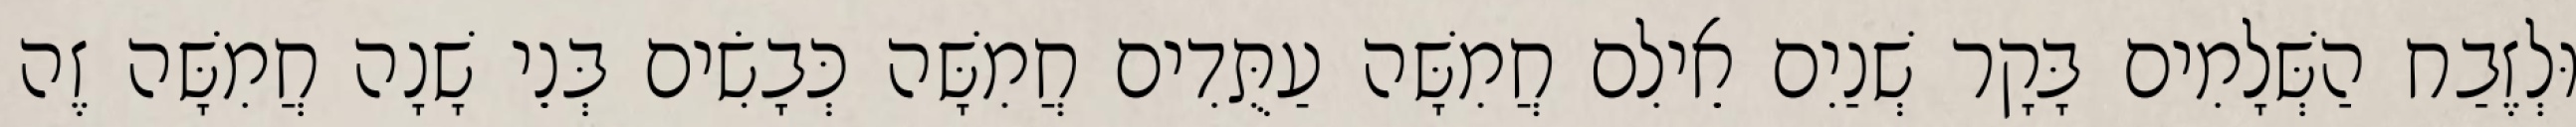
וּלְזֶבַח הַשְּׁלָמִים בָּקָר שְׁנַיִם אֵילִם חֲמִשָּׁה עַתֻּדִים חֲמִשָּׁה כְּבָשִׂים בְּנֵי שָׁנָה חֲמִשָּׁה זֶה